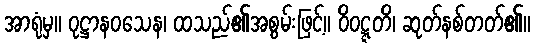
အာရုံမှ။ ဝုဋ္ဌာနဝသေန၊ ထသည်၏အစွမ်းဖြင့်။ ဝိဝဋ္ဋတိ၊ ဆုတ်နစ်တတ်၏။